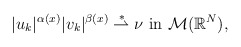
\begin{align*} |u_k|^{\alpha(x)}|v_k|^{\beta(x)} \overset{\ast}{\rightharpoonup} \nu \mbox{ in } \mathcal{M}(\mathbb{R}^{N}), \end{align*}